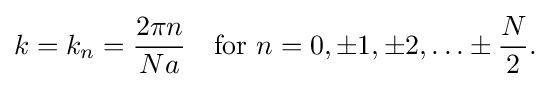
k=k_{n}={\frac {2\pi n}{Na}}\quad {\mbox{for }}n=0,\pm 1,\pm 2,\ldots \pm {\frac {N}{2}}.\